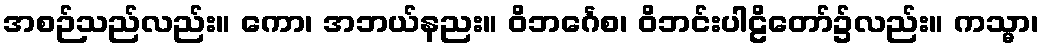
အစဉ်သည်လည်း။ ကော၊ အဘယ်နညး။ ဝိဘင်္ဂေစ၊ ဝိဘင်းပါဠိတော်၌လည်း။ ကသ္မာ၊